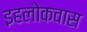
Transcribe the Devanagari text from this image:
इहलोकवास